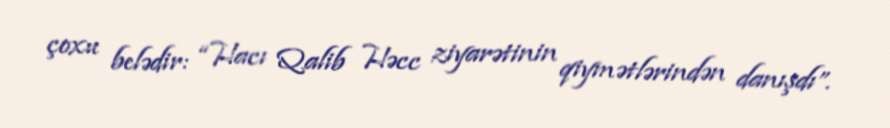
çoxu belədir: “Hacı Qalib Həcc ziyarətinin qiymətlərindən danışdı”.